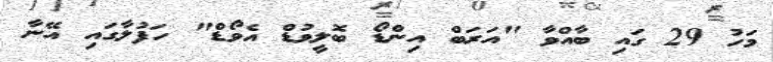
މަހު 29 ގައި ބާއްވާ "އަރަބް އިންޑޯ ބޮލީވުޑް އެވޯޑް" ހަފުލާގައި އޭނާ